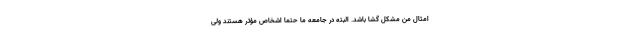
امثال من مشکل گشا باشد. البته در جامعه ما حتما اشخاص مؤثر هستند ولی